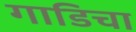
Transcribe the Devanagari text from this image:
गाडिचा